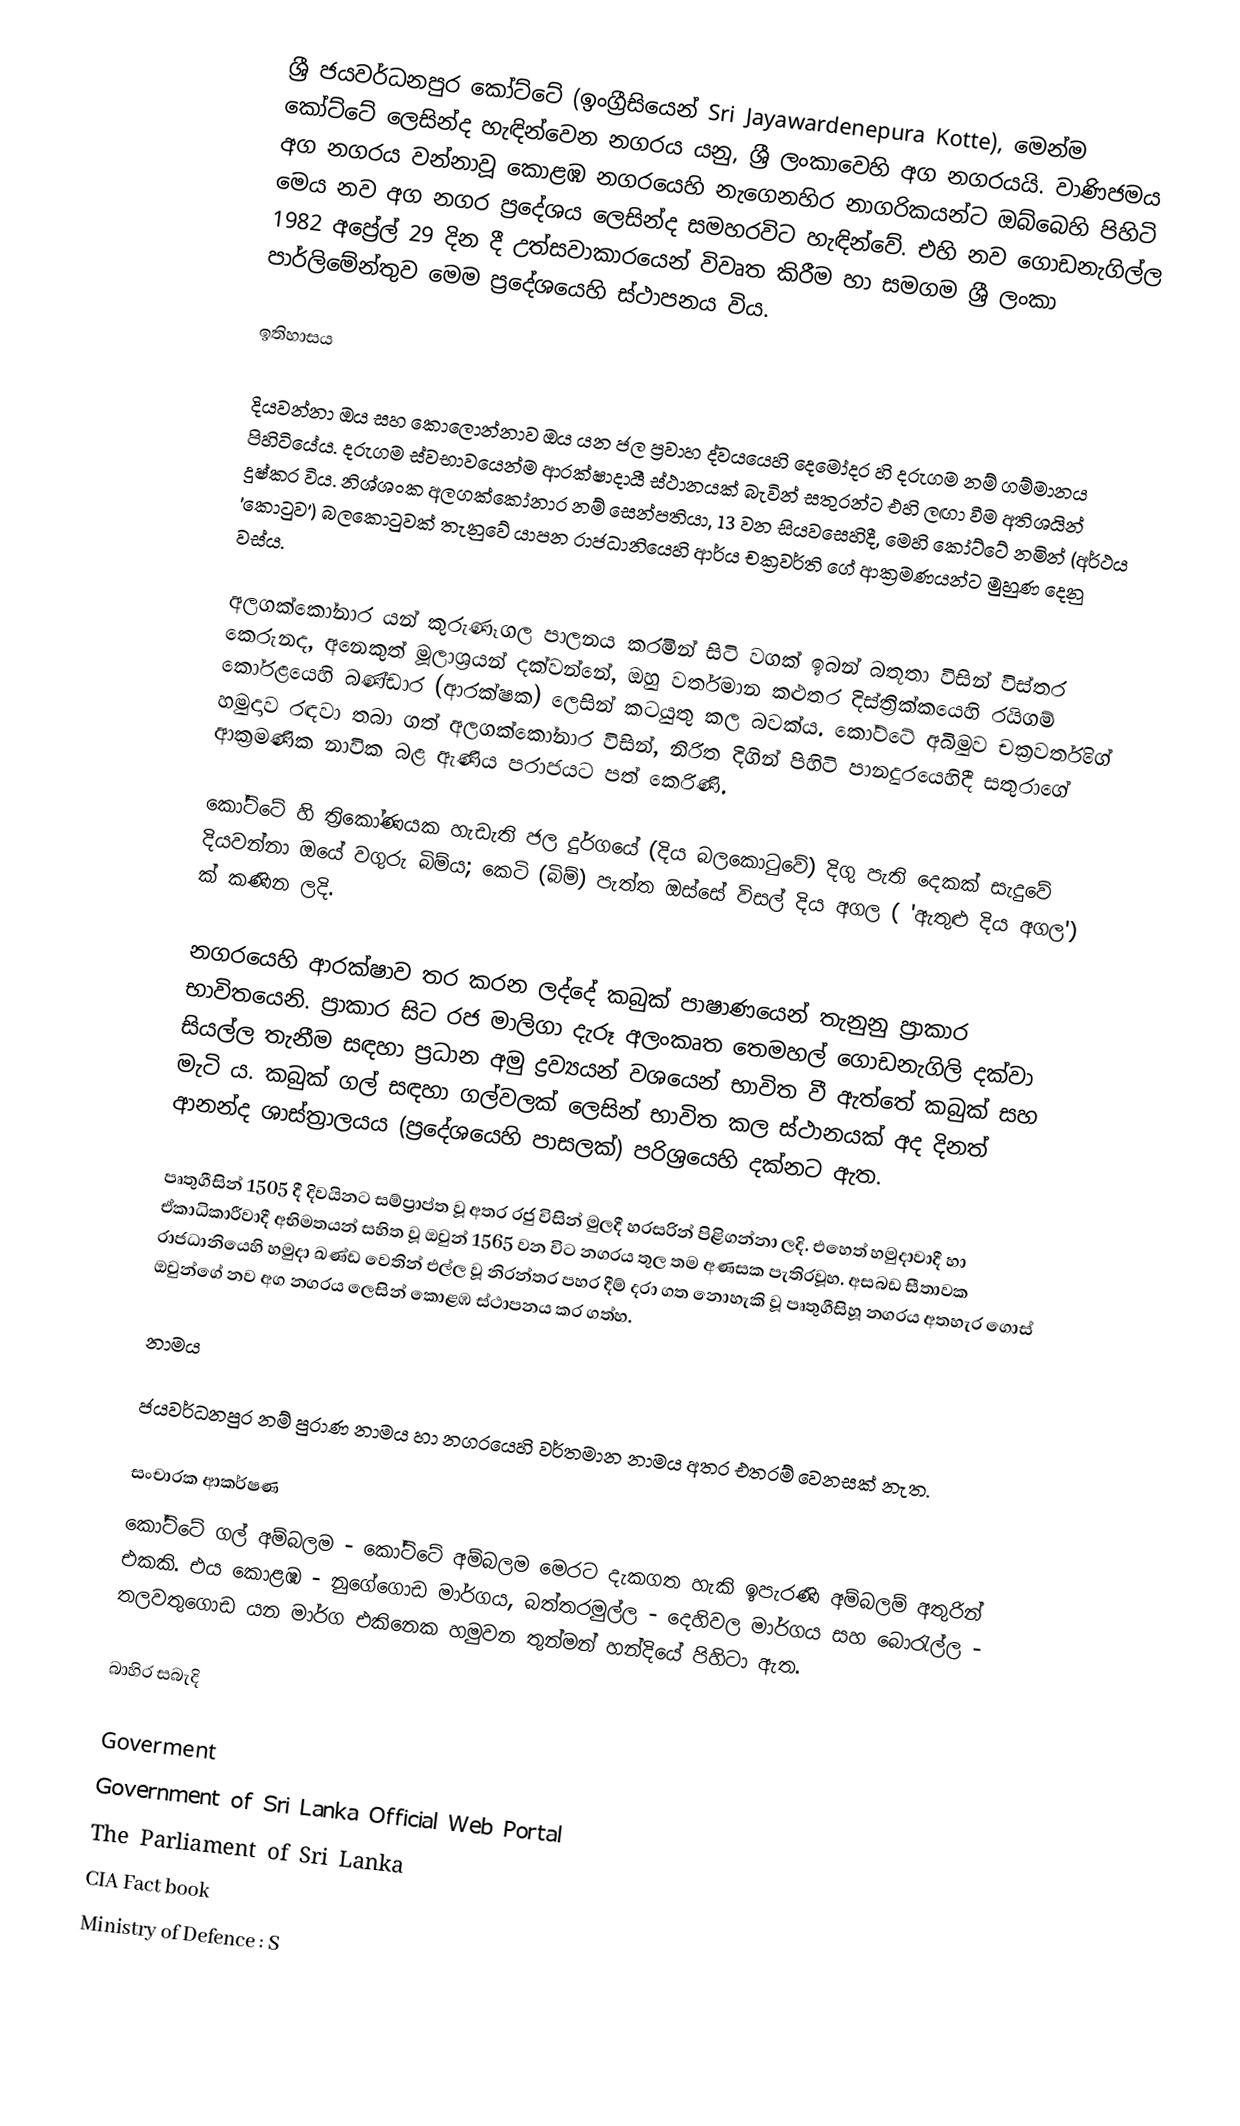
ශ්‍රී ජයවර්ධනපුර කෝට්ටේ (ඉංග්‍රීසියෙන් Sri Jayawardenepura Kotte),  මෙන්ම කෝට්ටේ ලෙසින්ද හැඳින්වෙන නගරය යනු, ශ්‍රී ලංකාවෙහි  අග නගරයයි. වාණිජමය අග නගරය වන්නාවූ කොළඹ නගරයෙහි නැගෙනහිර නාගරිකයන්ට ඔබ්බෙහි පිහිටි මෙය නව අග නගර ප්‍රදේශය ලෙසින්ද සමහරවිට හැඳින්වේ. එහි නව ගොඩනැගිල්ල 1982  අප්‍රේල් 29  දින දී උත්සවාකාරයෙන් විවෘත කිරීම හා සමගම ශ්‍රී ලංකා පාර්ලිමේන්තුව මෙම ප්‍රදේශයෙහි ස්ථාපනය විය.

ඉතිහාසය

දියවන්නා ඔය සහ කොලොන්නාව ඔය  යන ජල ප්‍රවාහ ද්වයයෙහි දෙමෝදර හි දරුගම නම් ගම්මානය පිහිටියේය.  දරුගම ස්වභාවයෙන්ම ආරක්ෂාදායී ස්ථානයක් බැවින් සතුරන්ට එහි ලඟා වීම අතිශයින් දුෂ්කර විය. නිශ්ශංක අලගක්කෝනාර නම් සෙන්පතියා, 13 වන සියවසෙහිදී,  මෙහි කෝට්ටේ නමින් (අර්ථය 'කොටුව')  බලකොටුවක් තැනුවේ  යාපන රාජධානියෙහි ආර්ය චක්‍රවර්ති ගේ ආක්‍රමණයන්ට මුහුණ දෙනු වස්ය.

අලගක්කෝනාර යන් කුරුණෑගල පාලනය කරමින් සිටි වගක් ඉබන් බතූතා විසින් විස්තර කෙරුනද, අනෙකුත් මූලාශ්‍රයන් දක්වන්නේ, ඔහු වර්තමාන  කළුතර දිස්ත්‍රික්කයෙහි රයිගම් කෝරළයෙහි බණ්ඩාර (ආරක්ෂක) ලෙසින් කටයුතු කල බවක්ය. කෝට්ටේ අබිමුව චක්‍රවර්තිගේ හමුදාව   රඳවා  තබා ගත් අලගක්කෝනාර විසින්, නිරිත දිගින් පිහිටි පානදුරයෙහිදී සතුරාගේ ආක්‍රමණික නාවික බළ ඇණිය පරාජයට පත් කෙරිණි.

කෝට්ටේ හි ත‍්‍රිකෝණයක හැඩැති ජල දුර්ගයේ (දිය බලකොටුවේ)  දිගු පැති දෙකක් සැදුවේ දියවන්නා ඔයේ වගුරු බිම්ය; කෙටි  (බිම්) පැත්ත ඔස්සේ  විසල් දිය අගල (  'ඇතුළු දිය අගල') ක් කණින ලදි.

නගරයෙහි ආරක්ෂාව තර කරන ලද්දේ  කබුක් පාෂාණයෙන් තැනුනු ප්‍රාකාර භාවිතයෙනි. ප්‍රාකාර සිට රජ මාලිගා දැරූ අලංකෘත තෙමහල් ගොඩනැගිලි දක්වා සියල්ල තැනීම සඳහා ප්‍රධාන අමු ද්‍රව්‍යයන් වශයෙන් භාවිත වී ඇත්තේ කබුක් සහ මැටි ය. කබුක් ගල් සඳහා ගල්වලක් ලෙසින් භාවිත කල ස්ථානයක් අද දිනත්  ආනන්ද ශාස්ත්‍රාලයය  (ප්‍රදේශයෙහි පාසලක්) පරිශ්‍රයෙහි දක්නට ඇත.

පෘතුගීසින් 1505 දී දිවයිනට සම්ප්‍රාප්ත වූ අතර රජු විසින් මුලදී හරසරින් පිළිගන්නා ලදි. එහෙත් හමුදාවාදී හා ඒකාධිකාරීවාදී අභිමතයන් සහිත වූ ඔවුන්  1565 වන විට නගරය තුල තම අණසක පැතිරවූහ. අසබඩ සීතාවක රාජධානියෙහි හමුදා ඛණ්ඩ වෙතින් එල්ල වූ නිරන්තර පහර දීම් දරා ගත නොහැකි වූ පෘතුගීසිහූ නගරය අතහැර  ගොස් ඔවුන්ගේ නව අග නගරය ලෙසින් කොළඹ ස්ථාපනය කර ගත්හ.

නාමය

ජයවර්ධනපුර නම් පුරාණ නාමය හා නගරයෙහි වර්තමාන නාමය අතර එතරම් වෙනසක් නැත.

සංචාරක ආකර්ෂණ
කෝට්ටේ ගල් අම්බලම - කෝට්ටේ අම්බලම මෙරට දැකගත හැකි ඉපැරණි අම්බලම් අතුරින් එකකි. එය කොළඹ - නුගේගොඩ මාර්ගය, බත්තරමුල්ල - දෙහිවල මාර්ගය සහ බොරැල්ල - තලවතුගොඩ යන මාර්ග එකිනෙක හමුවන තුන්මන් හන්දියේ පිහිටා ඇත.

බාහිර සබැදි

Goverment
 Government of Sri Lanka Official Web Portal
 The Parliament of Sri Lanka
 CIA Fact book
 Ministry of Defence : S